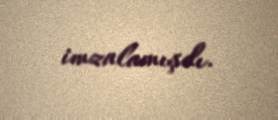
imzalamışdı.